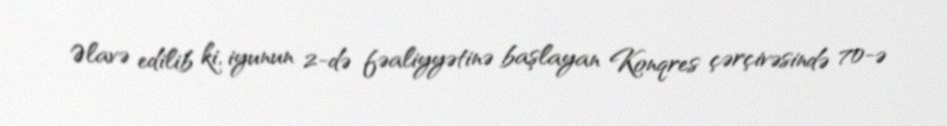
Əlavə edilib ki, iyunun 2-də fəaliyyətinə başlayan Konqres çərçivəsində 70-ə